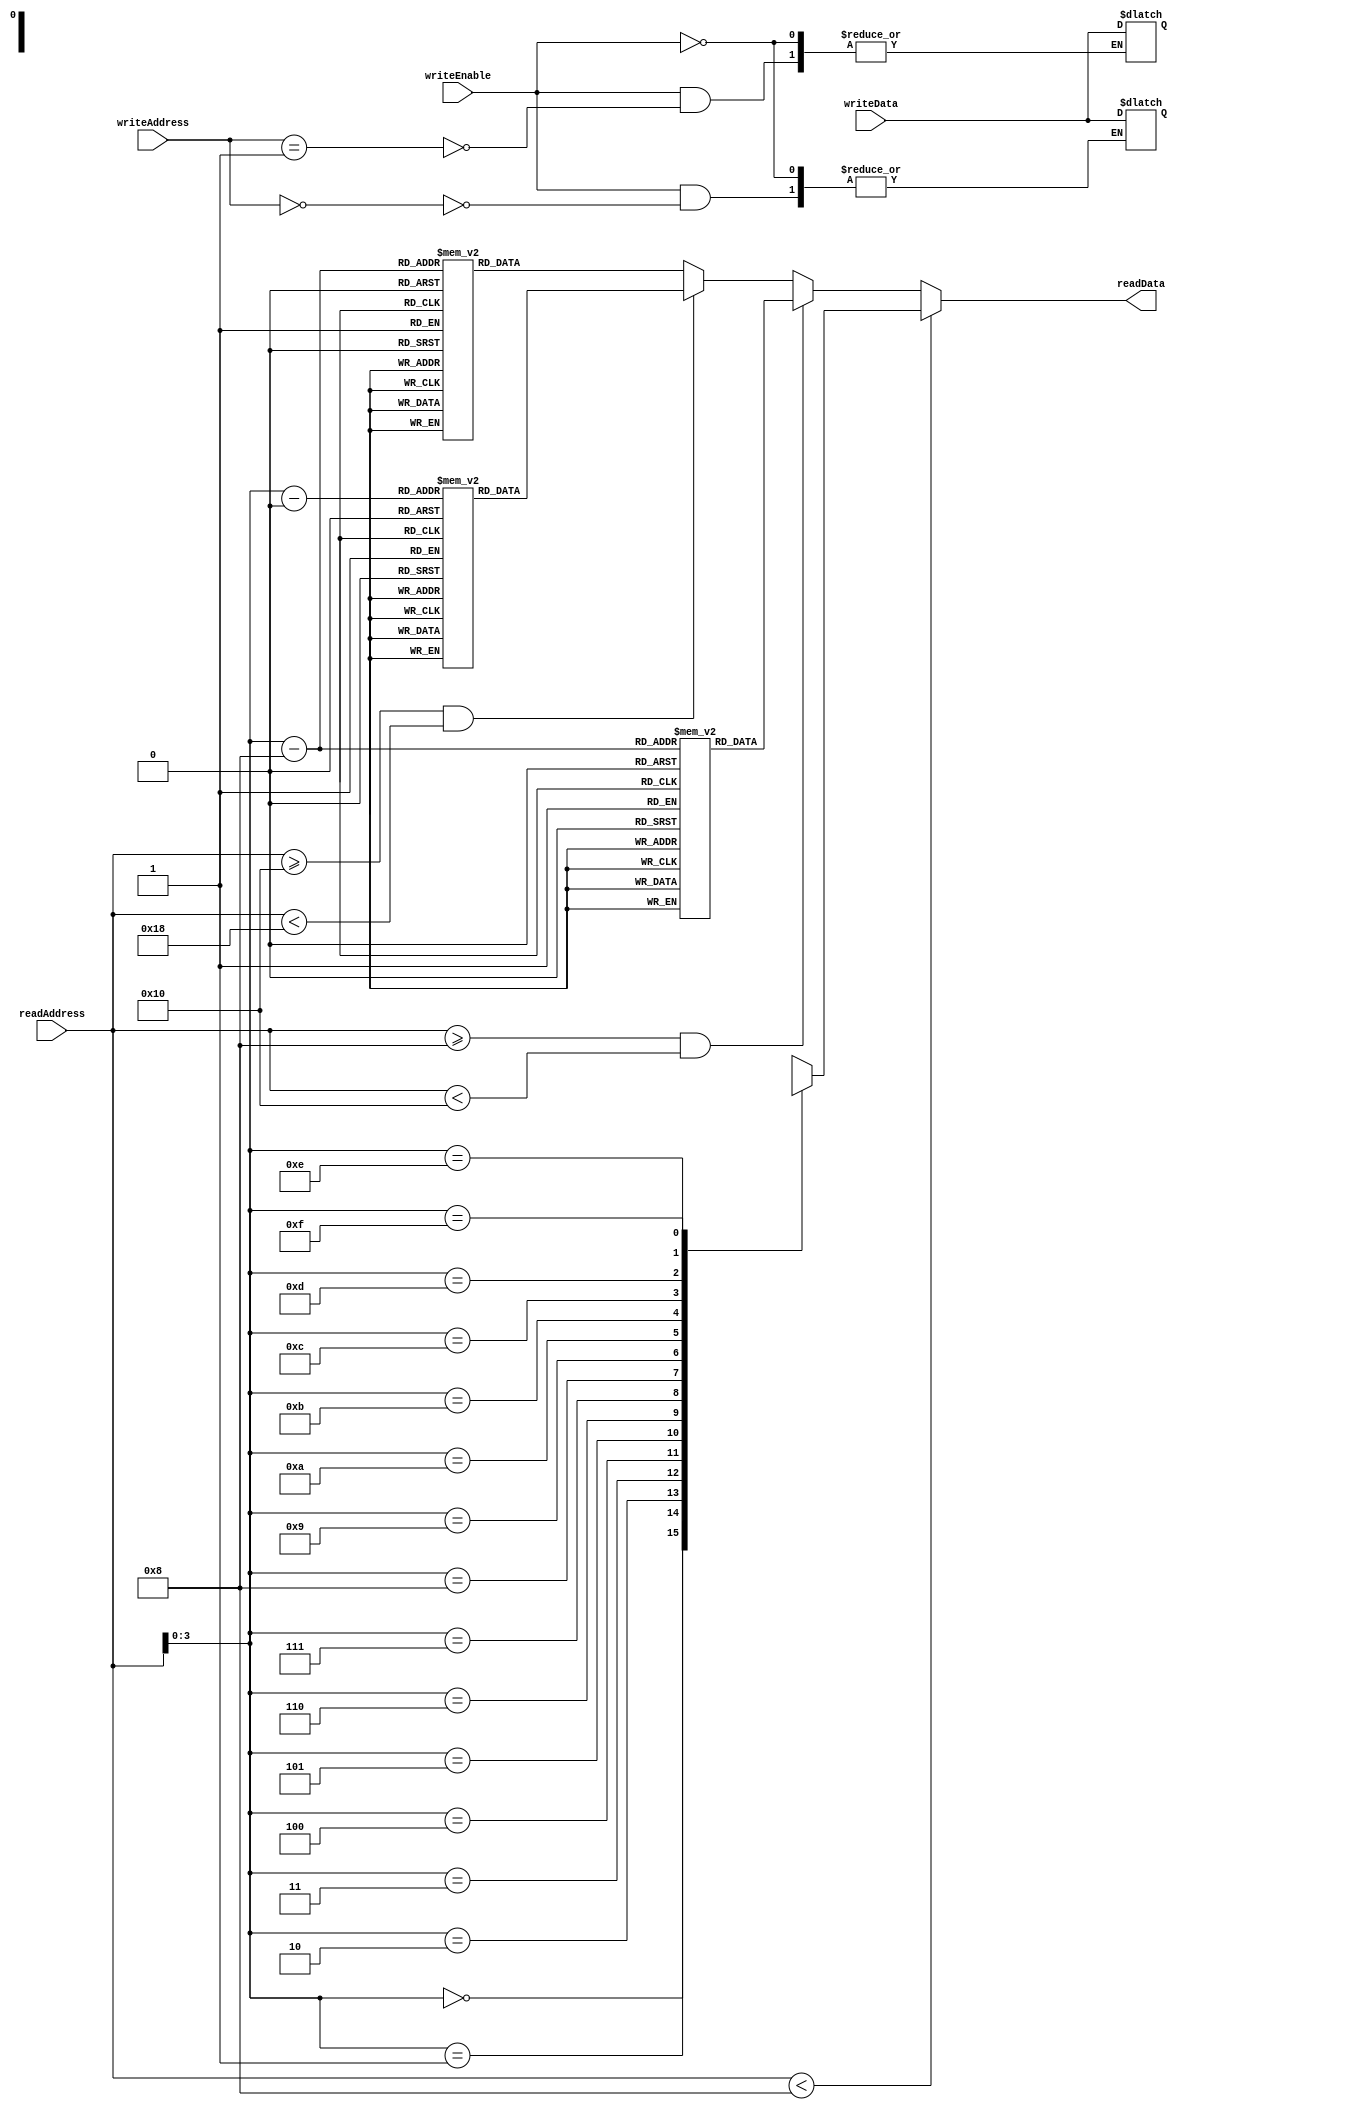
module MemoryBlocksStack_RF (
    input [7:0] readAddress,
    input [7:0] writeAddress,
    input writeEnable,
    input [7:0] writeData,
    output [7:0] readData
);

reg [7:0] memoryBlock1 [0:15];
reg [7:0] memoryBlock2 [0:15];
reg [7:0] memoryBlock3 [0:15];
reg [7:0] memoryBlock4 [0:15];

always @*
begin
    if(writeEnable)
    begin
        case(writeAddress)
            4'd0: memoryBlock1[0] <= writeData;
            4'd1: memoryBlock1[1] <= writeData;
            // Add more cases for additional register addresses
        endcase
    end

    readData = (readAddress < 8) ? memoryBlock1[readAddress] : 
               (readAddress >= 8 && readAddress < 16) ? memoryBlock2[readAddress-8] :
               (readAddress >= 16 && readAddress < 24) ? memoryBlock3[readAddress-16] :
               memoryBlock4[readAddress-24];
end

endmodule